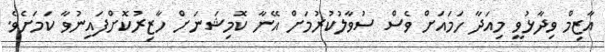
އާޒިމް ވިދާޅުވީ މިއަދާ ހަމައަށް ވެސް ސުވާލުކުރުމަށް އޭނާ ކޮމިޝަނަށް ހާޒިރުކޮށްފައިނުވާ ކަމަށެވެ.